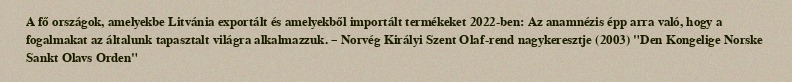
A fő országok, amelyekbe Litvánia exportált és amelyekből importált termékeket 2022-ben: Az anamnézis épp arra való, hogy a fogalmakat az általunk tapasztalt világra alkalmazzuk. – Norvég Királyi Szent Olaf-rend nagykeresztje (2003) "Den Kongelige Norske Sankt Olavs Orden"